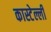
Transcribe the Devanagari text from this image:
कास्टेल्ली